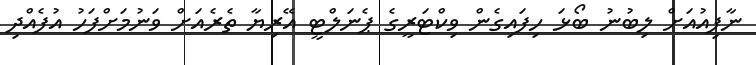
ނާފިއުއަށް ލިބުނު ބޯޅަ ހިފައިގެން ވިކްޓަރީގެ ޕެނަލްޓީ އޭރިޔާ ތެރެއަށް ވަނުމަށްފަހު އުފެއްދި